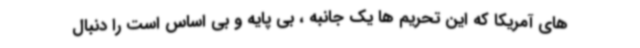
های آمریکا که این تحریم ها یک جانبه ، بی پایه و بی اساس است را دنبال